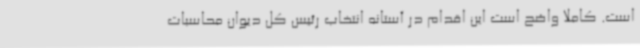
است. کاملاً واضح است این اقدام در آستانه انتخاب رئیس کل دیوان محاسبات